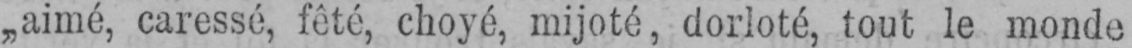
„aimé, caressé, fêté, choyé, mijoté, dorloté, tout le monde